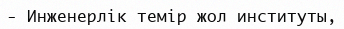
-	Инженерлік темір жол институты,